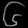
Digit: ၆